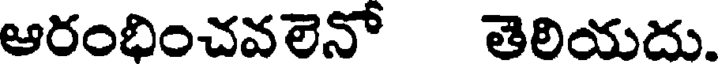
ఆరంభించవలెనో తెలియదు.